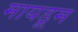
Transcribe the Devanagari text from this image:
मायडूम